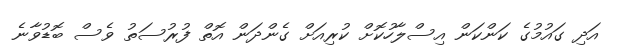
އަދި ގައުމުގެ ކަންކަން އިސްލާހުކޮށް ކުރިއަށް ގެންދަން އޮތް ފުރުސަތު ވެސް ބޮޑުވާނެ